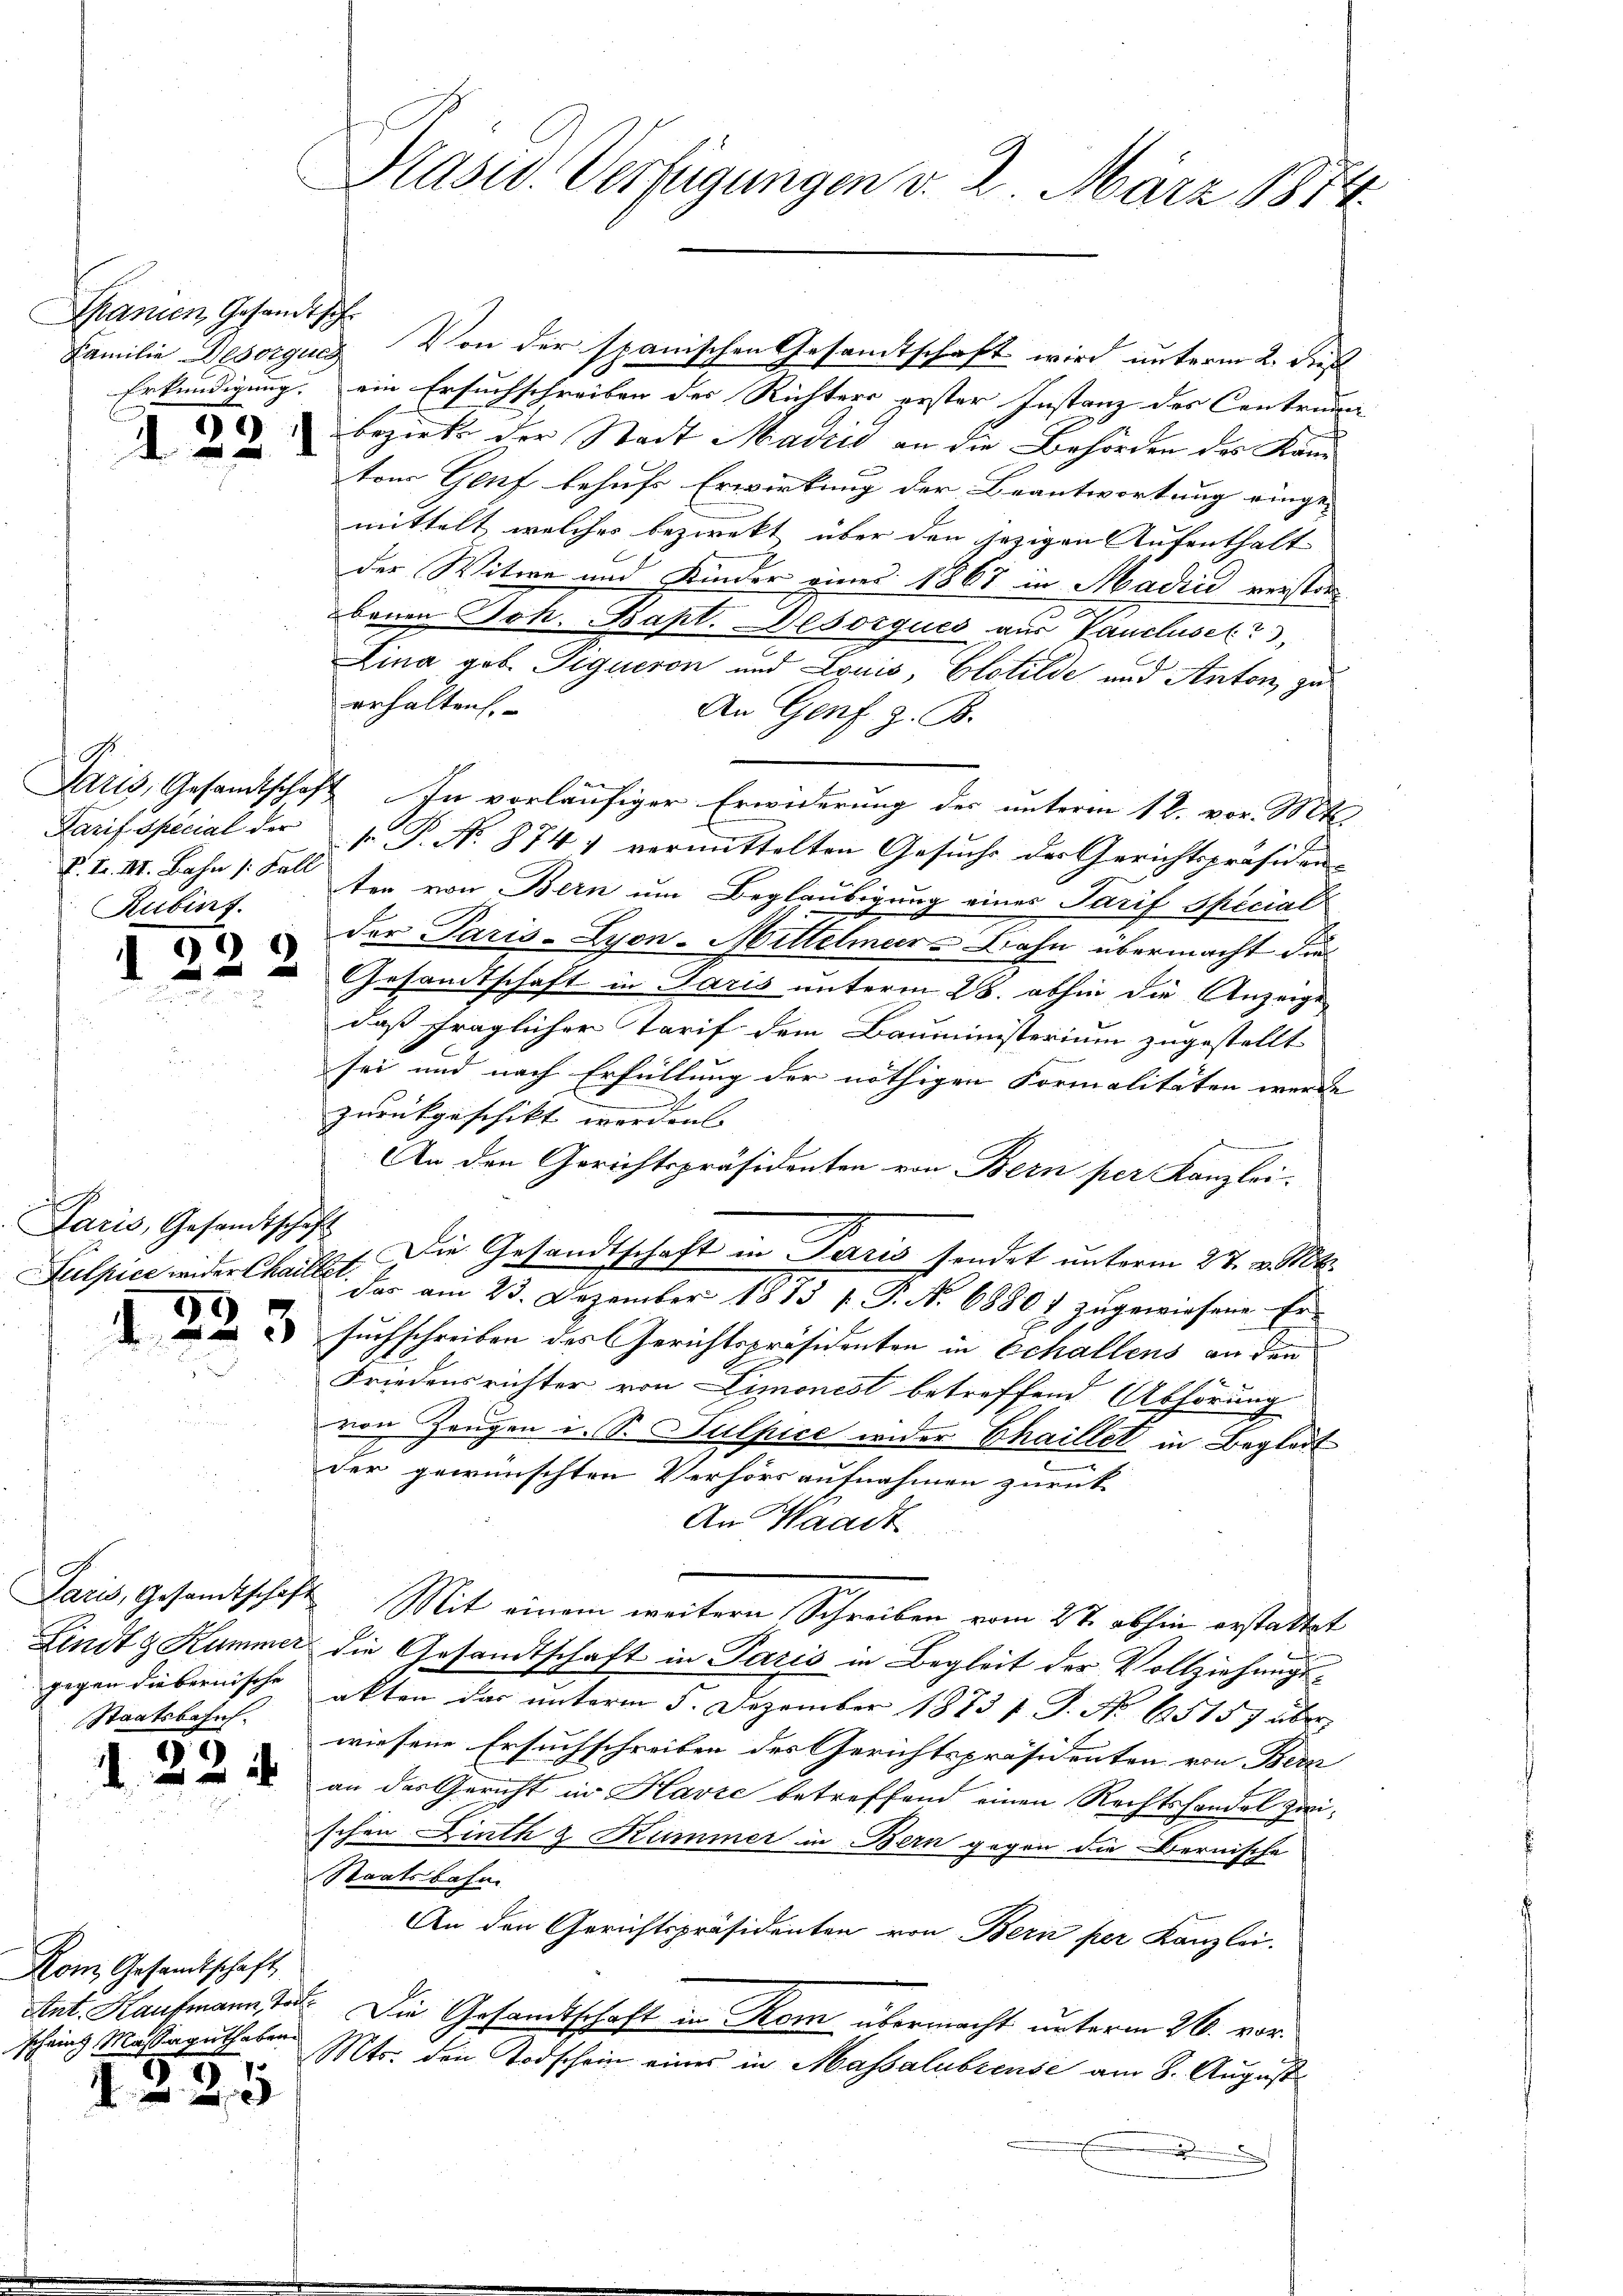
Spanien Gesandtsch

d

1221

P. F. III. Bahn /: Fall
Rubint.

12

Paris, Gesandtschäft
Sulpice wider Chailler.

99

Paris, Gesandtschaft
Staatsbahns

2

12 i

Kom, Gesandtschaft
scheins Massaguthaben.

5
3

Präsid. Verfügungen v. 2. März 1874.

Familie Desorgung Von der spanischen Gesandtschaft wird unterm 2. Dist
Erkundigung, ein Ersuchschreiben des Richters erster Instanz des Contrun
bezirks der Stadt Marie an die Behörden des Kam
ton Genf behufs Erwirkung der Beantwortung einge-
mittelt welches bezwekt über den jezigen Aufenthalt
der Witwe und Kinder eines 1867 in Madin reister
benen Joh. Bapt. Besorques aus Panclusetz
Lina geb. Tigueron und Louis, Clotilde und Anton, zu
erhalten
An Genf z. B.
Paris, Gesandtschaft In vorläufiger Erwiderung der unterm 12. vor. Mts.
Tarif special der P. N. 874) vermittelten Gesuche der Gerichtspräsidenten von Bern um Beglaubigung eines Tarif Special
der Paris-Lyon-Mittelmeer-Bahn übermacht die
 u Gesandtschaft in Paris unterm 28. abhin die Anzeige
daß fraglicher Tarif dem Bauministerium zugestellt
sei und nach Erfüllung der nöthigen Formalitäten werde
zurückgeschikt worden.
An den Gerichtspräsidenten von Bern per Kanzlei-
1. Die Gesandtschaft in Paris sendet unterm 27. v. Mts.
Das am 23. Dezember 1813 f. P. No 6880 & zugewiesene Er-
2 suchschreiben des Gerichtspräsidenten in Schallens an den
Friedensrichter von Dimonest betreffend Abhörung
von Zeugen i. S. Sulpice wider Thaillet in Begleit
der gewünschten Verhörs aufnahmen zurück-
An Waadt
Mit einem weitern Schreiben vom 2te abhin erstattet
Lindt & Kummer die Gesandtschaft in Paris in Begleit der Vollziehungsgegen diebernische akten das unterm 5. Dezember 1873 f. J. No 65157 über
wiesene Ersuchschreiben des Gerichtspräsidenten von Bern
an das Gericht in Havre betreffend einen Rechtshandel zwischen Linth & Kummer in Bern gegen die Bernische
Staatsbahn
An den Gerichtspräsidenten von Bern per Kanzlei.
Ant. Kaufmann, tot. Die Gesamtschaft in Rom übermacht unterm 26. vor¬
Mts. den Todschein eines in Massalubreuse am 8. August
.